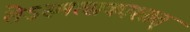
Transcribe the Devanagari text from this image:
तेऽस्मत्सकाशात्